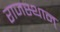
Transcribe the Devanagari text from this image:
राजस्थान्